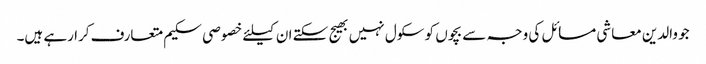
جو والدین معاشی مسائل کی وجہ سے بچوں کو سکول نہیں بھیج سکتے ان کیلئے خصوصی سکیم متعارف کرا رہے ہیں۔